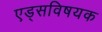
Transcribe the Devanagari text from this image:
एड्‌सविषयक